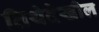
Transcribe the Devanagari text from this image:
तिथेदेखील